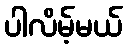
ပါလိမ့်မယ်